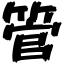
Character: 管